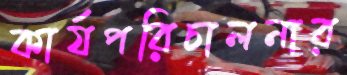
কার্যপরিচালনার